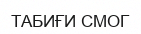
ТАБИҒИ СМОГ